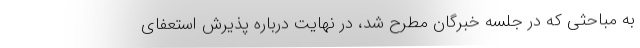
به مباحثی که در جلسه خبرگان مطرح شد، در نهایت درباره پذیرش استعفای